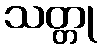
သတ္တု